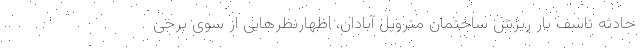
حادثه تاسف بار ریزش ساختمان متروپل آبادان، اظهارنظرهایی از سوی برخی